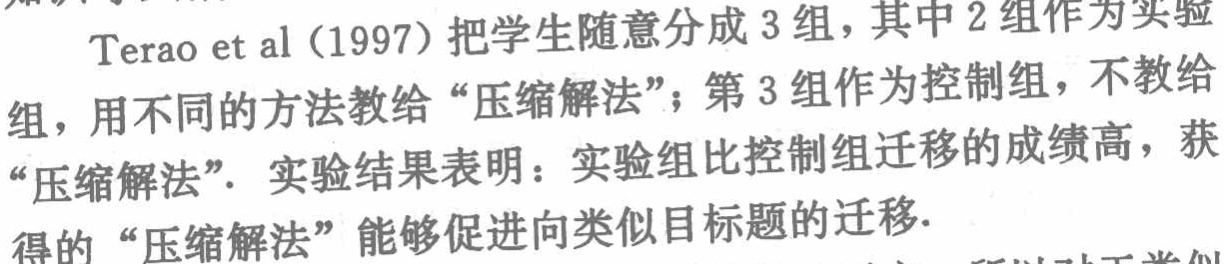
Terao et al（1997）把学生随意分成3组，其中2组作为实验组，用不同的方法教给“压缩解法”；第3组作为控制组，不教给“压缩解法”．实验结果表明：实验组比控制组迁移的成绩高，获得的“压缩解法”能够促进向类似目标题的迁移.